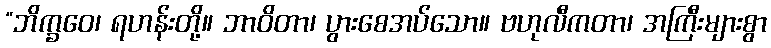
“ဘိက္ခဝေ၊ ရဟန်းတို့။ ဘာဝိတာ၊ ပွားစေအပ်သော။ ဗဟုလီကတာ၊ အကြီးများစွာ